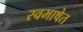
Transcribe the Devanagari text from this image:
स्वभाषेत